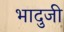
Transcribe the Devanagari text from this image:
भादुजी